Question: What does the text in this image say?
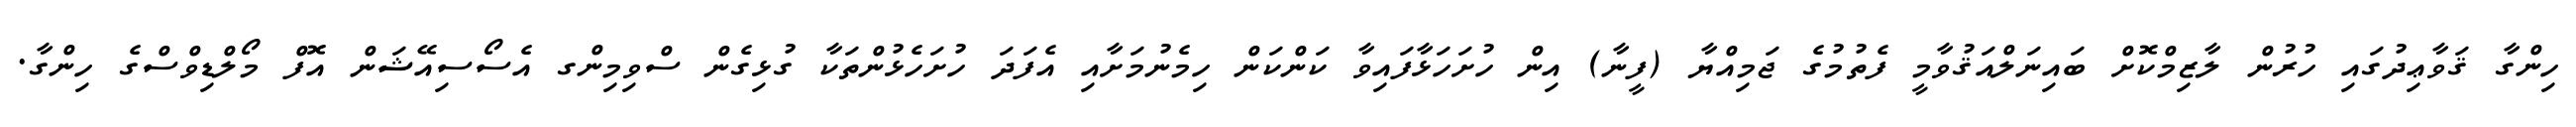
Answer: ހިންގާ ޤަވާޢިދުގައި ހުރުން ލާޒިމްކޮށް ބައިނަލްއަޤުވާމީ ފެތުމުގެ ޖަމިއްޔާ (ފީނާ) އިން ހުށަހަޅާފައިވާ ކަންކަން ހިމެނުމަށާއި އެފަދަ ހުށަހެޅުންތަކާ ގުޅިގެން ސްވިމިންގ އެސޯސިއޭޝަން އޮފް މޯލްޑިވްސްގެ ހިންގާ.